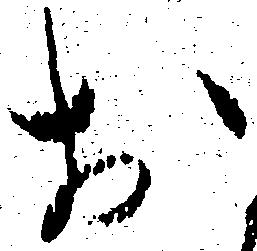
於